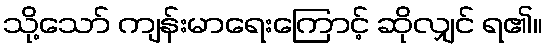
သို့သော် ကျန်းမာရေးကြောင့် ဆိုလျှင် ရ၏။